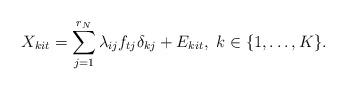
LaTeX: \begin{align*}X_{kit} = \sum_{j=1}^{r_N}\lambda_{ij}f_{tj}\delta_{kj}+E_{kit},\ k\in\{1,\dots,K\}.\end{align*}